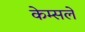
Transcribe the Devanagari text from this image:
केम्सले